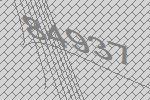
84937